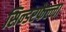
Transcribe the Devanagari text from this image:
सिन्डरफेल्ला